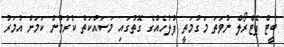
ބީޓް ޕެޓްރޯލް ނުވަތަ މަގުމަތީ ފުލުހެއްގެ ގޮތުގައި މަސައްކަތް ކުރުމުން ކަމަށް އުމަރު